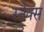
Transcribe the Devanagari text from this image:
स्‍नैक्‍स